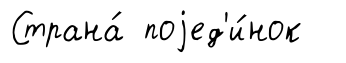
Страна́ поjед'и́нок